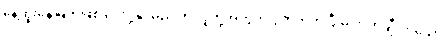
နေ့ထူးနေ့မြတ်ဖြစ် ပေးပို့နိုင်မည့် ဤလူတို့အတွက် ပွတ်တိုက်ပြီးမှ ကိုက်ချီလာသော